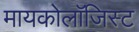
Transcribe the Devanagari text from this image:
मायकोलॉजिस्ट